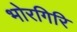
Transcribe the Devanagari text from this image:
भोरगिरि